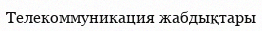
Телекоммуникация жабдықтары